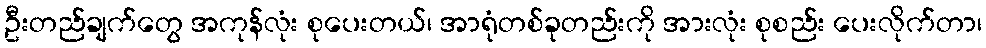
ဦးတည်ချက်တွေ အကုန်လုံး စုပေးတယ်၊ အာရုံတစ်ခုတည်းကို အားလုံး စုစည်း ပေးလိုက်တာ၊